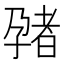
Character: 𫲬